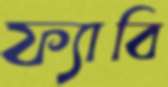
ফ্যাবি